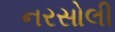
નરસોલી